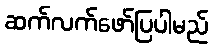
ဆက်လက်ဖော်ပြပါမည်